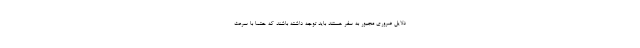
دلایل ضروری مجبور به سفر هستند باید توجه داشته باشند که حتما با سرعت